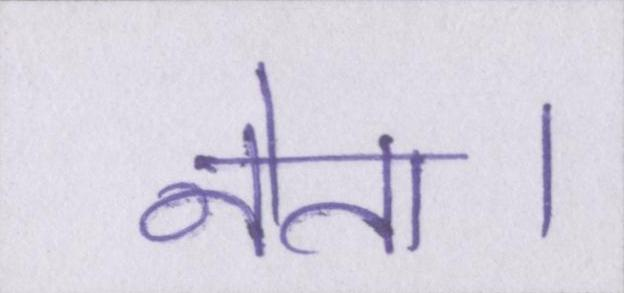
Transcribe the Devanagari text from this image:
नेता।